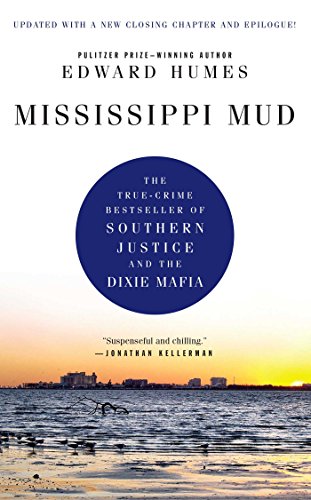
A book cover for Mississippi Mud: Southern Justice and the Dixie Mafia; Edward Humes; Biographies & Memoirs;